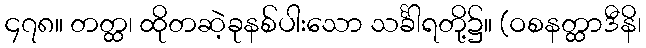
၄၇၈။ တတ္ထ၊ ထိုတဆဲ့ခုနစ်ပါးသော သင်္ခါရတို့၌။ (ဝစနတ္ထာဒီနိ၊